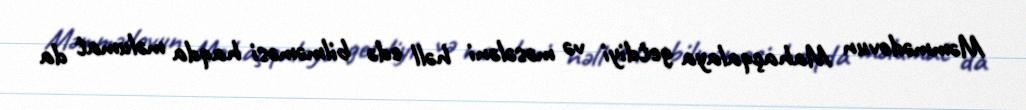
Məmmədovun Mahaçqalaya getdiyi və məsələni həll edə bilməməsi haqda məlumat da